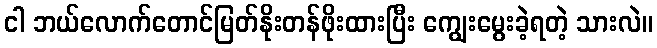
ငါ ဘယ်လောက်တောင်မြတ်နိုးတန်ဖိုးထားပြီး ကျွေးမွေးခဲ့ရတဲ့ သားလဲ။